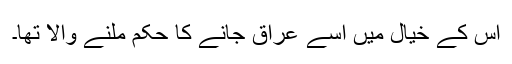
اس کے خیال میں اسے عراق جانے کا حکم ملنے والا تھا۔